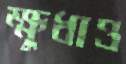
ক্ষুধাও